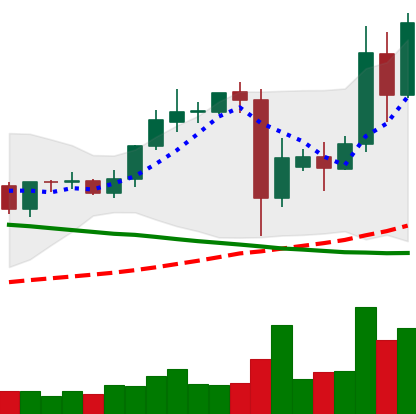
Ticker: TRX-USD
Chart end date: 2021-09-14
Forward return: -12.281%
Label: down_7plus